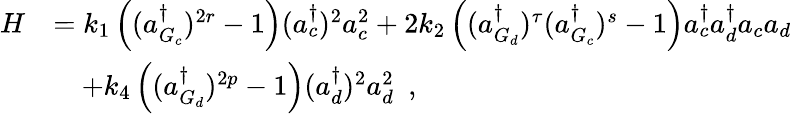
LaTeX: \begin{array}{rl}{H}&{=k_{1}\left((a_{G_{c}}^{\dagger})^{2r}-1\right)(a_{c}^{\dagger})^{2}a_{c}^{2}+2k_{2}\left((a_{G_{d}}^{\dagger})^{\tau}(a_{G_{c}}^{\dagger})^{s}-1\right)a_{c}^{\dagger}a_{d}^{\dagger}a_{c}a_{d}}\\ &{\quad+k_{4}\left((a_{G_{d}}^{\dagger})^{2p}-1\right)(a_{d}^{\dagger})^{2}a_{d}^{2}~~,}\end{array}